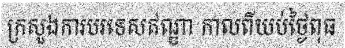
ក្រសួងការបរទេសឥណ្ឌា កាលពីយប់ថ្ងៃពុធ